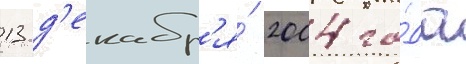
13 д'екабр'я́ 2004 го́да